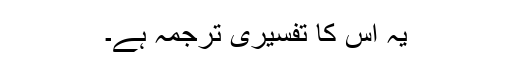
یہ اس کا تفسیری ترجمہ ہے۔